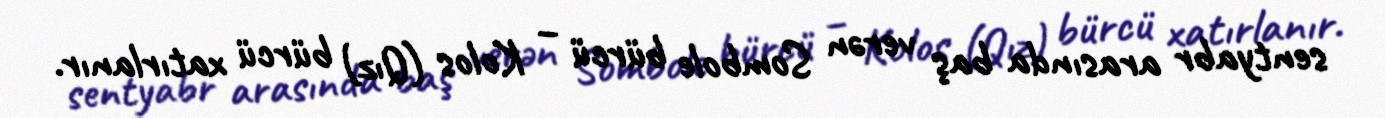
sentyabr arasında baş verən Sombole bürcü – Kolos (Qız) bürcü xatırlanır.